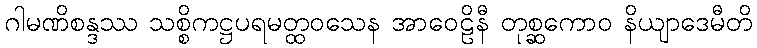
ဂါမဏိစန္ဒဿ သစ္စိကဋ္ဌပရမတ္ထဝသေန အာဝေဠိနီ တုစ္ဆကောဝ နိယျာဒေမီတိ